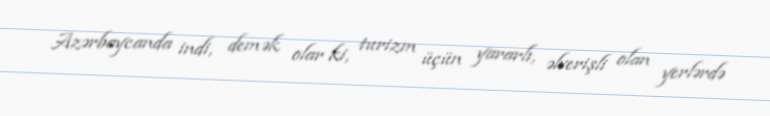
Azərbaycanda indi, demək olar ki, turizm üçün yararlı, əlverişli olan yerlərdə